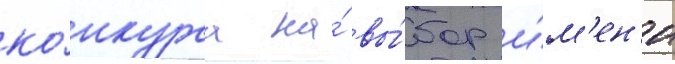
ко́нкурса на́ вы́бор и́м'ен'и